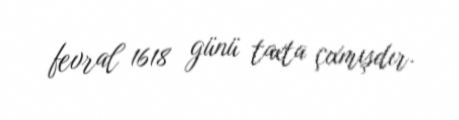
fevral 1618 günü taxta çıxmışdır.